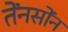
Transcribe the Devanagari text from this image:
तेंनसोंन